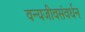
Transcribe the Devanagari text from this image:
वन्यजीवसंवर्धन